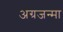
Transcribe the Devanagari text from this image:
अग्रजन्मा